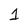
Character: 1